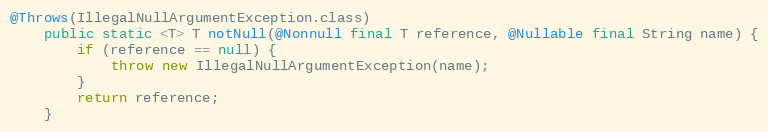
Language: Java
@Throws(IllegalNullArgumentException.class)
	public static <T> T notNull(@Nonnull final T reference, @Nullable final String name) {
		if (reference == null) {
			throw new IllegalNullArgumentException(name);
		}
		return reference;
	}